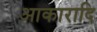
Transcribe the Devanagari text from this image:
आकारादि